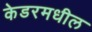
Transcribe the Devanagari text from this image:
केडरमधील